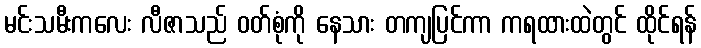
မင်းသမီးကလေး လီဇာသည် ဝတ်စုံကို နေသား တကျပြင်ကာ ကရထားထဲတွင် ထိုင်ရန်